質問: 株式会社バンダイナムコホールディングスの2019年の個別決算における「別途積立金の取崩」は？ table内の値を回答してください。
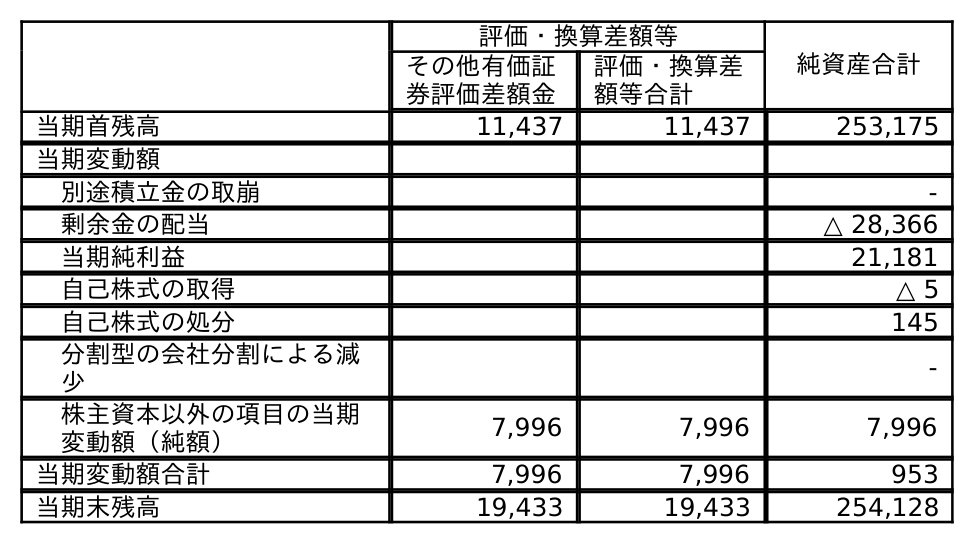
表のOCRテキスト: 評価・換算差額等 純資産合計 その他有価証 券評価差額金 評価・換算差 額等合計 当期首残高 11,437 11,437 253,175 当期変動額 別途積立金の取崩 - 剰余金の配当 △ 28,366 当期純利益 21,181 自己株式の取得 △ 5 自己株式の処分 145 分割型の会社分割による減 少 - 株主資本以外の項目の当期 変動額（純額） 7,996 7,996 7,996 当期変動額合計 7,996 7,996 953 当期末残高 19,433 19,433 254,128
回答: -